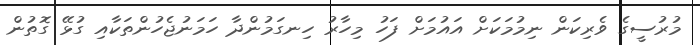
މުރުސީގެ ވެރިކަން ނިމުމަކަށް އައުމަށް ފަހު މިހާރު ހިނގަމުންދާ ހަމަނުޖެހުންތަކާއި ގުޅޭ ގޮތުން